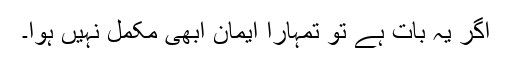
اگر یہ بات ہے تو تمہارا ایمان ابھی مکمل نہیں ہوا۔